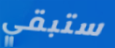
ستبقي